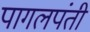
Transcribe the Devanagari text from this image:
पागलपंती